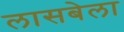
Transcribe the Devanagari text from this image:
लासबेला